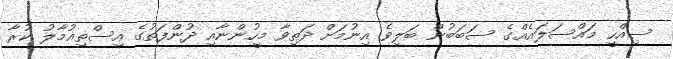
ސިއްހީ މައްސަލައެއްގެ ސަބަބުން ބަލިވެ އިނުމަށް ދަތިވާ މީހުންނާއި ދުންފަތުގެ އިސްތިއުމާލު ކުރާ